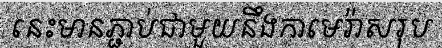
នេះមានភ្ជាប់ជាមួយនឹងកាមេរ៉ាសរុប